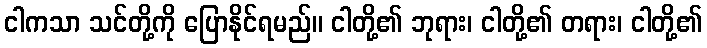
ငါကသာ သင်တို့ကို ပြောနိုင်ရမည်။ ငါတို့၏ ဘုရား၊ ငါတို့၏ တရား၊ ငါတို့၏